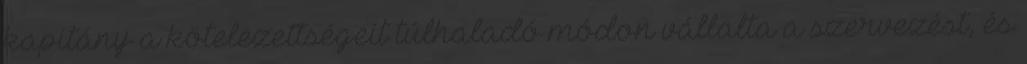
kapitány a kötelezettségeit túlhaladó módon vállalta a szervezést, és